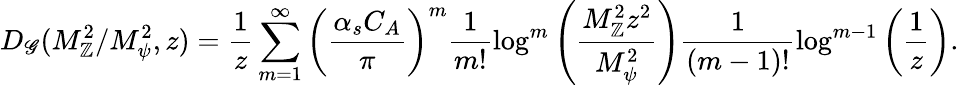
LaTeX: D_{\mathscr{G}}(M_{\mathbb{Z}}^{2}/M_{\psi}^{2},z)=\frac{{1}}{{z}}\sum_{m=1}^{\infty}\left(\frac{{\alpha_{s}C_{A}}}{{\pi}}\right)^{m}\frac{1}{{m!}}\log^{m}\left(\frac{{M_{\mathbb{Z}}^{2}z^{2}}}{{M_{\psi}^{2}}}\right)\frac{1}{{(m-1)!}}\log^{m-1}\left(\frac{1}{z}\right).